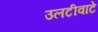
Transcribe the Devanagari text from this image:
उलटीवाटे